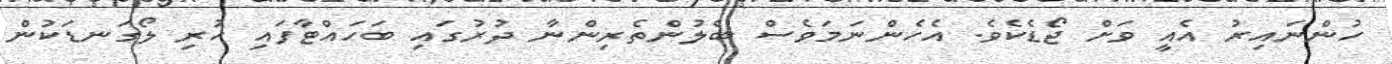
ހުންނައިރު އެއީ ވަށް ޖޯޑެކެވެ. އެހެންނަމަވެސް ބެލުންތެރިންނާ ދުރުގައި ބަހައްޓާފައި ހުރި ލޯގަނޑަކުން